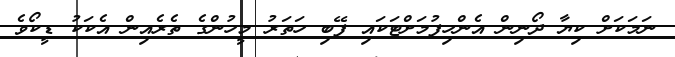
ނަމަކަށް ކިޔާ ދޯނިން އެންހިފުމަށްޓަކައި ފޭބި ހަތަރު މީހުންގެ ތެރެއިން އެކަކު ޑީކޯވެ